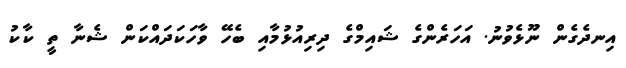
އިނދެގެން ނޫޅެވުނު. އަހަރެންގެ ޝައިމްގެ ދިރިއުޅުމާއި ބެހޭ ވާހަކަދައްކަން ޝެނާ ތީ ކާކު